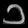
Digit: ၁